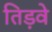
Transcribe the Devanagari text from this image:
तिड़वे